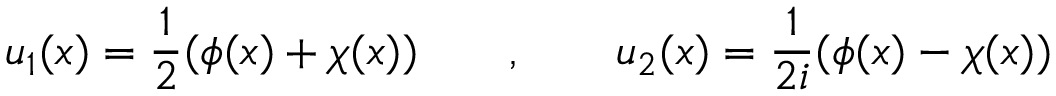
u _ { 1 } ( x ) = \frac { 1 } { 2 } ( \phi ( x ) + \chi ( x ) ) \qquad , \qquad u _ { 2 } ( x ) = \frac { 1 } { 2 i } ( \phi ( x ) - \chi ( x ) )